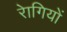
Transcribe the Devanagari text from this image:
राेगियों